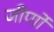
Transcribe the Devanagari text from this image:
जीर्णो